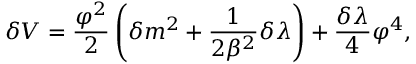
\delta V = { \frac { \varphi ^ { 2 } } { 2 } } \left( \delta m ^ { 2 } + { \frac { 1 } { 2 \beta ^ { 2 } } } \delta \lambda \right) + { \frac { \delta \lambda } { 4 } } \varphi ^ { 4 } ,